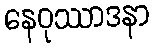
နေဝုဿာဒနာ